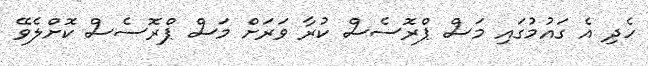
ހެދި އެ ގައުމުގައި މަސް ޕްރޮސެސް ކުރާ ވަރަށް މަސް ޕްރޮސެސް ކޮށްލެވޭ